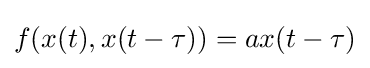
f(x(t),x(t-\tau ))=ax(t-\tau )